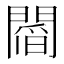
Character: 𨵻